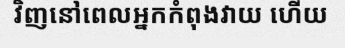
វិញនៅពេលអ្នកកំពុងវាយ ហើយ